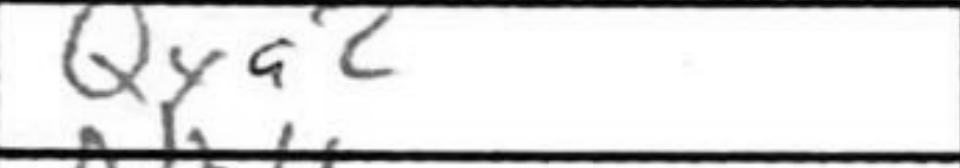
Transcription: Qxa2